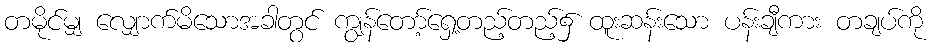
တမိုင်မျှ လျှောက်မိသောအခါတွင် ကျွန်တော့်ရှေ့တည့်တည့်၌ ထူးဆန်းသော ပန်းချီကား တချပ်ကို